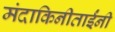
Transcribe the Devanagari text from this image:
मंदाकिनीताईंनी